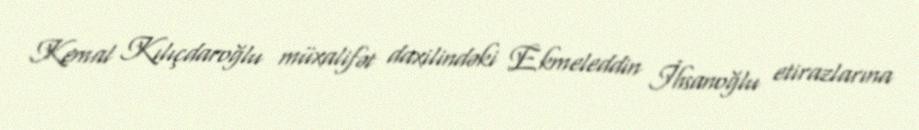
Kemal Kılıçdaroğlu müxalifət daxilindəki Ekmeleddin İhsanoğlu etirazlarına